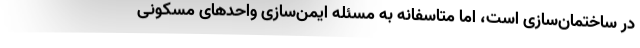
در ساختمان‌سازی است، اما متاسفانه به مسئله ایمن‌سازی واحدهای مسکونی